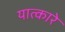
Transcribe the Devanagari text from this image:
यात्कारे